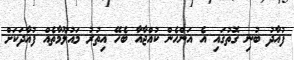
ފުއާދު ބުނި ގޮތުގައި އެ އަންހެން ކުއްޖާއާ ބެހޭ އިތުރު މައުލޫމާތެއް ފުއާދަކަށް